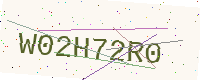
Text: W02H72R0